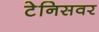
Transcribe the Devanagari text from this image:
टेनिसवर